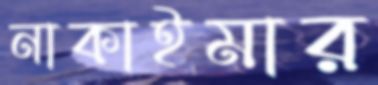
নাকাইমার